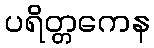
ပရိတ္တကေန